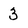
Character: 3